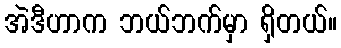
အဲဒီဟာက ဘယ်ဘက်မှာ ရှိတယ်။